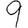
Digit: 9